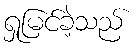
ရှုမြင်ခဲ့သည်